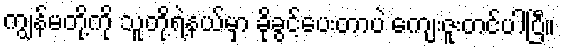
ကျွန်မတို့ကို သူတို့ရဲ့နယ်မှာ ခိုခွင့်ပေးတာပဲ ကျေးဇူးတင်ပါပြီ။